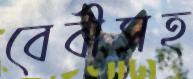
বেবীসহ